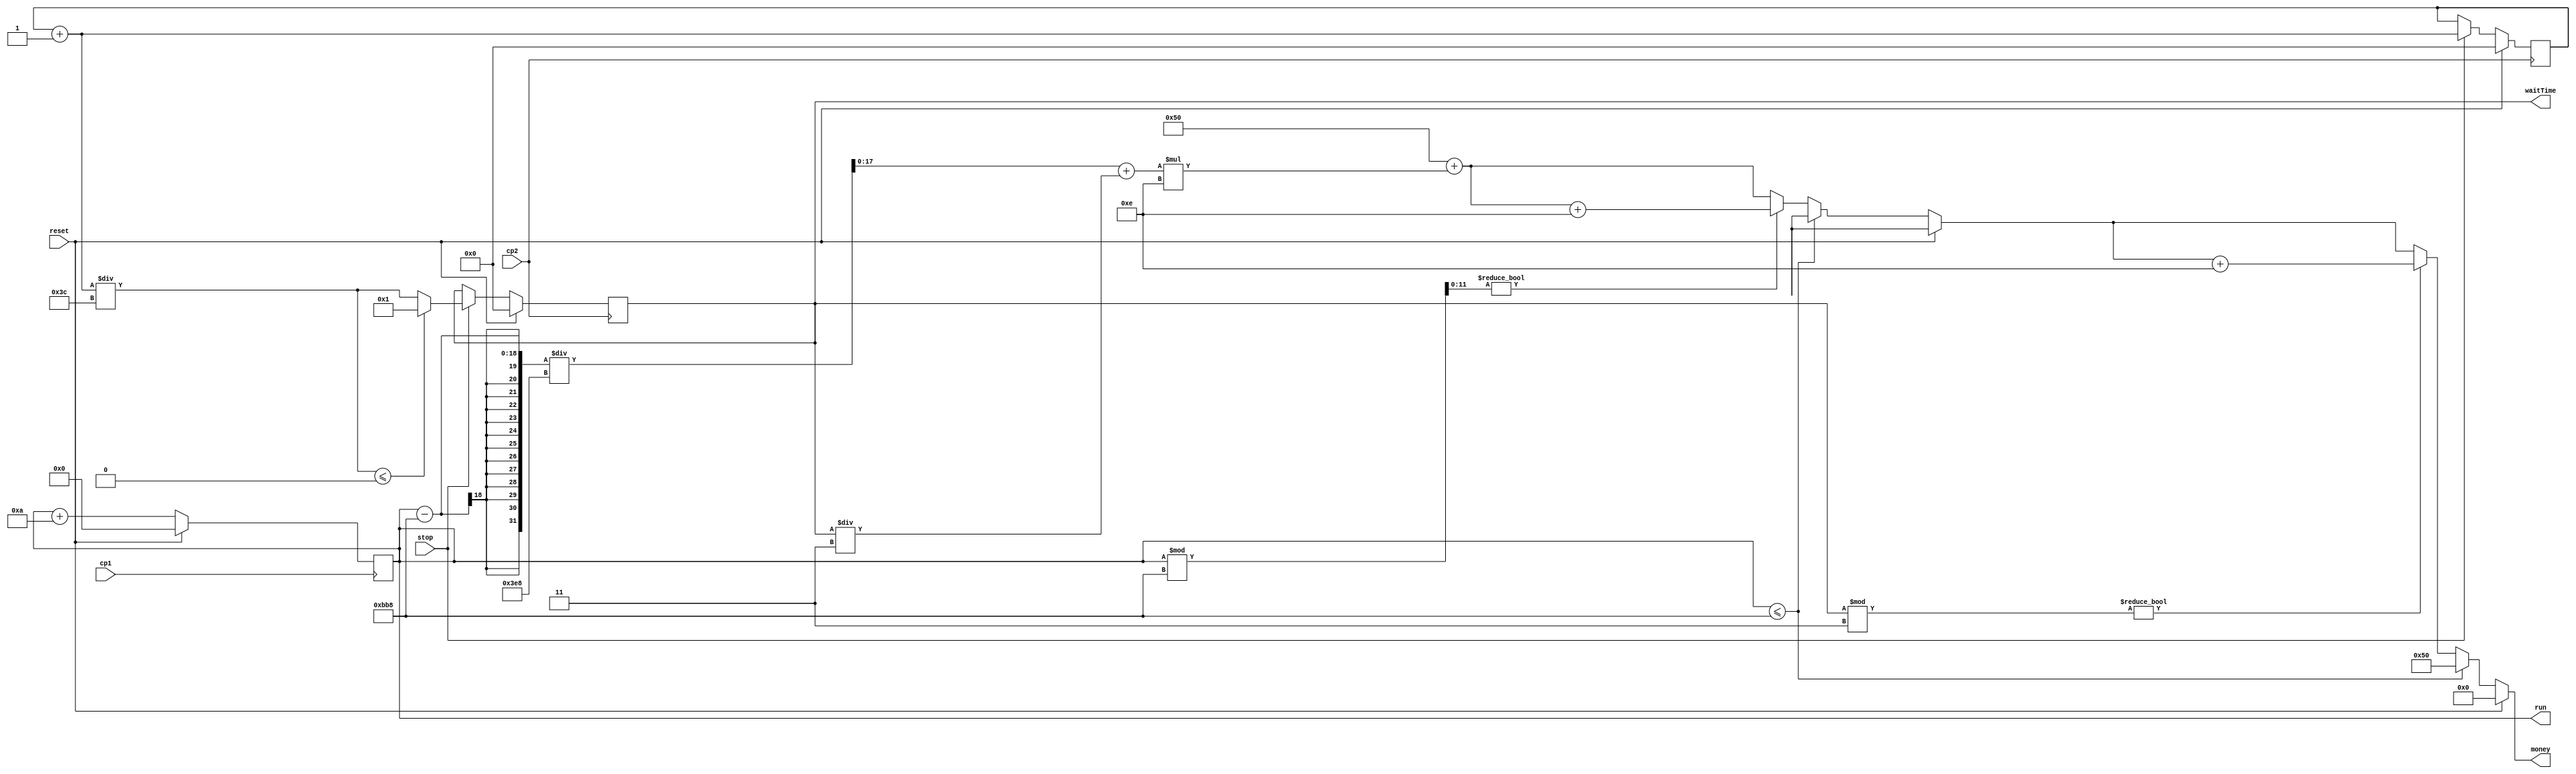
module taxi(cp1,cp2,stop,reset,run,waitTime,money);
	input wire cp1;
	input wire cp2;
	input wire stop;
	input wire reset;
	
	output reg [17:0] run;
	output reg [15:0] waitTime;
	output reg [13:0] money;
	
	reg [15:0] time2;
	reg [15:0] time3;
	reg [15:0] timeyu;
	reg [11:0] runyu;
	reg [17:0] run2;
	
	initial
	begin
		run=18'd0;
		waitTime=15'd0;
		
		money=14'd0;
		time2=16'd0;
		time3=16'd0;
		runyu=11'd0;
		run2=18'd0;
	end
	
	always@(posedge cp1)
	begin
		if(reset)
			begin 
			run=18'd0;
			end
		else
			begin
			run=run+18'd10;
			end 
	end	
	
	always@(posedge cp2)
	begin
		if(reset)
			begin 
			waitTime=8'd0;
			time2=16'd0;
			end
		else if(stop)
			begin
				time2=time2+16'd1;
				waitTime=time2/7'd60;
				if(waitTime<=0)
					waitTime=16'd1;
				else
					waitTime=waitTime;
			end
		else
			begin
				waitTime=waitTime;
				time2=time2;
			end 
	end	
	
	
	always@(run,waitTime)
	begin
		if(reset)
			begin 
			money=14'd0;
			end
		else
			begin
				if(run<=14'd3000)
					money=14'd80;
				else
					begin
						runyu=run%14'd3000;
						run2=(run-14'd3000)/1000;
						time3=waitTime/3'd3;
						timeyu=waitTime%3'd3;
						money=14'd80+(run2+time3)*4'd14;
						if(runyu!=0)
							money=money+4'd14;
						else
							money=money;
						if(timeyu!=0)
							money=money+4'd14;
						else
							;
					end
			end 
	end	
	
endmodule